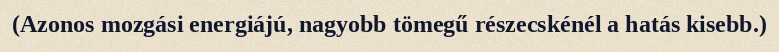
(Azonos mozgási energiájú, nagyobb tömegű részecskénél a hatás kisebb.)